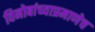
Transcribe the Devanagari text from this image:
विनोबांच्याप्रमाणेच